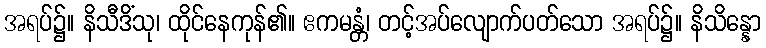
အရပ်၌။ နိသီဒိံသု၊ ထိုင်နေကုန်၏။ ဧကမန္တံ၊ တင့်အပ်လျောက်ပတ်သော အရပ်၌။ နိသိန္နော